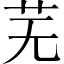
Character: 芜